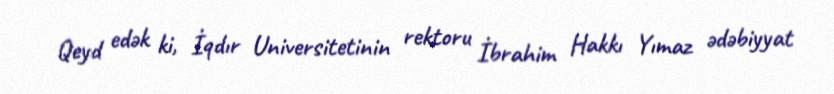
Qeyd edək ki, İqdır Universitetinin rektoru İbrahim Hakkı Yımaz ədəbiyyat